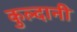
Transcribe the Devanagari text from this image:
कुल्दानी